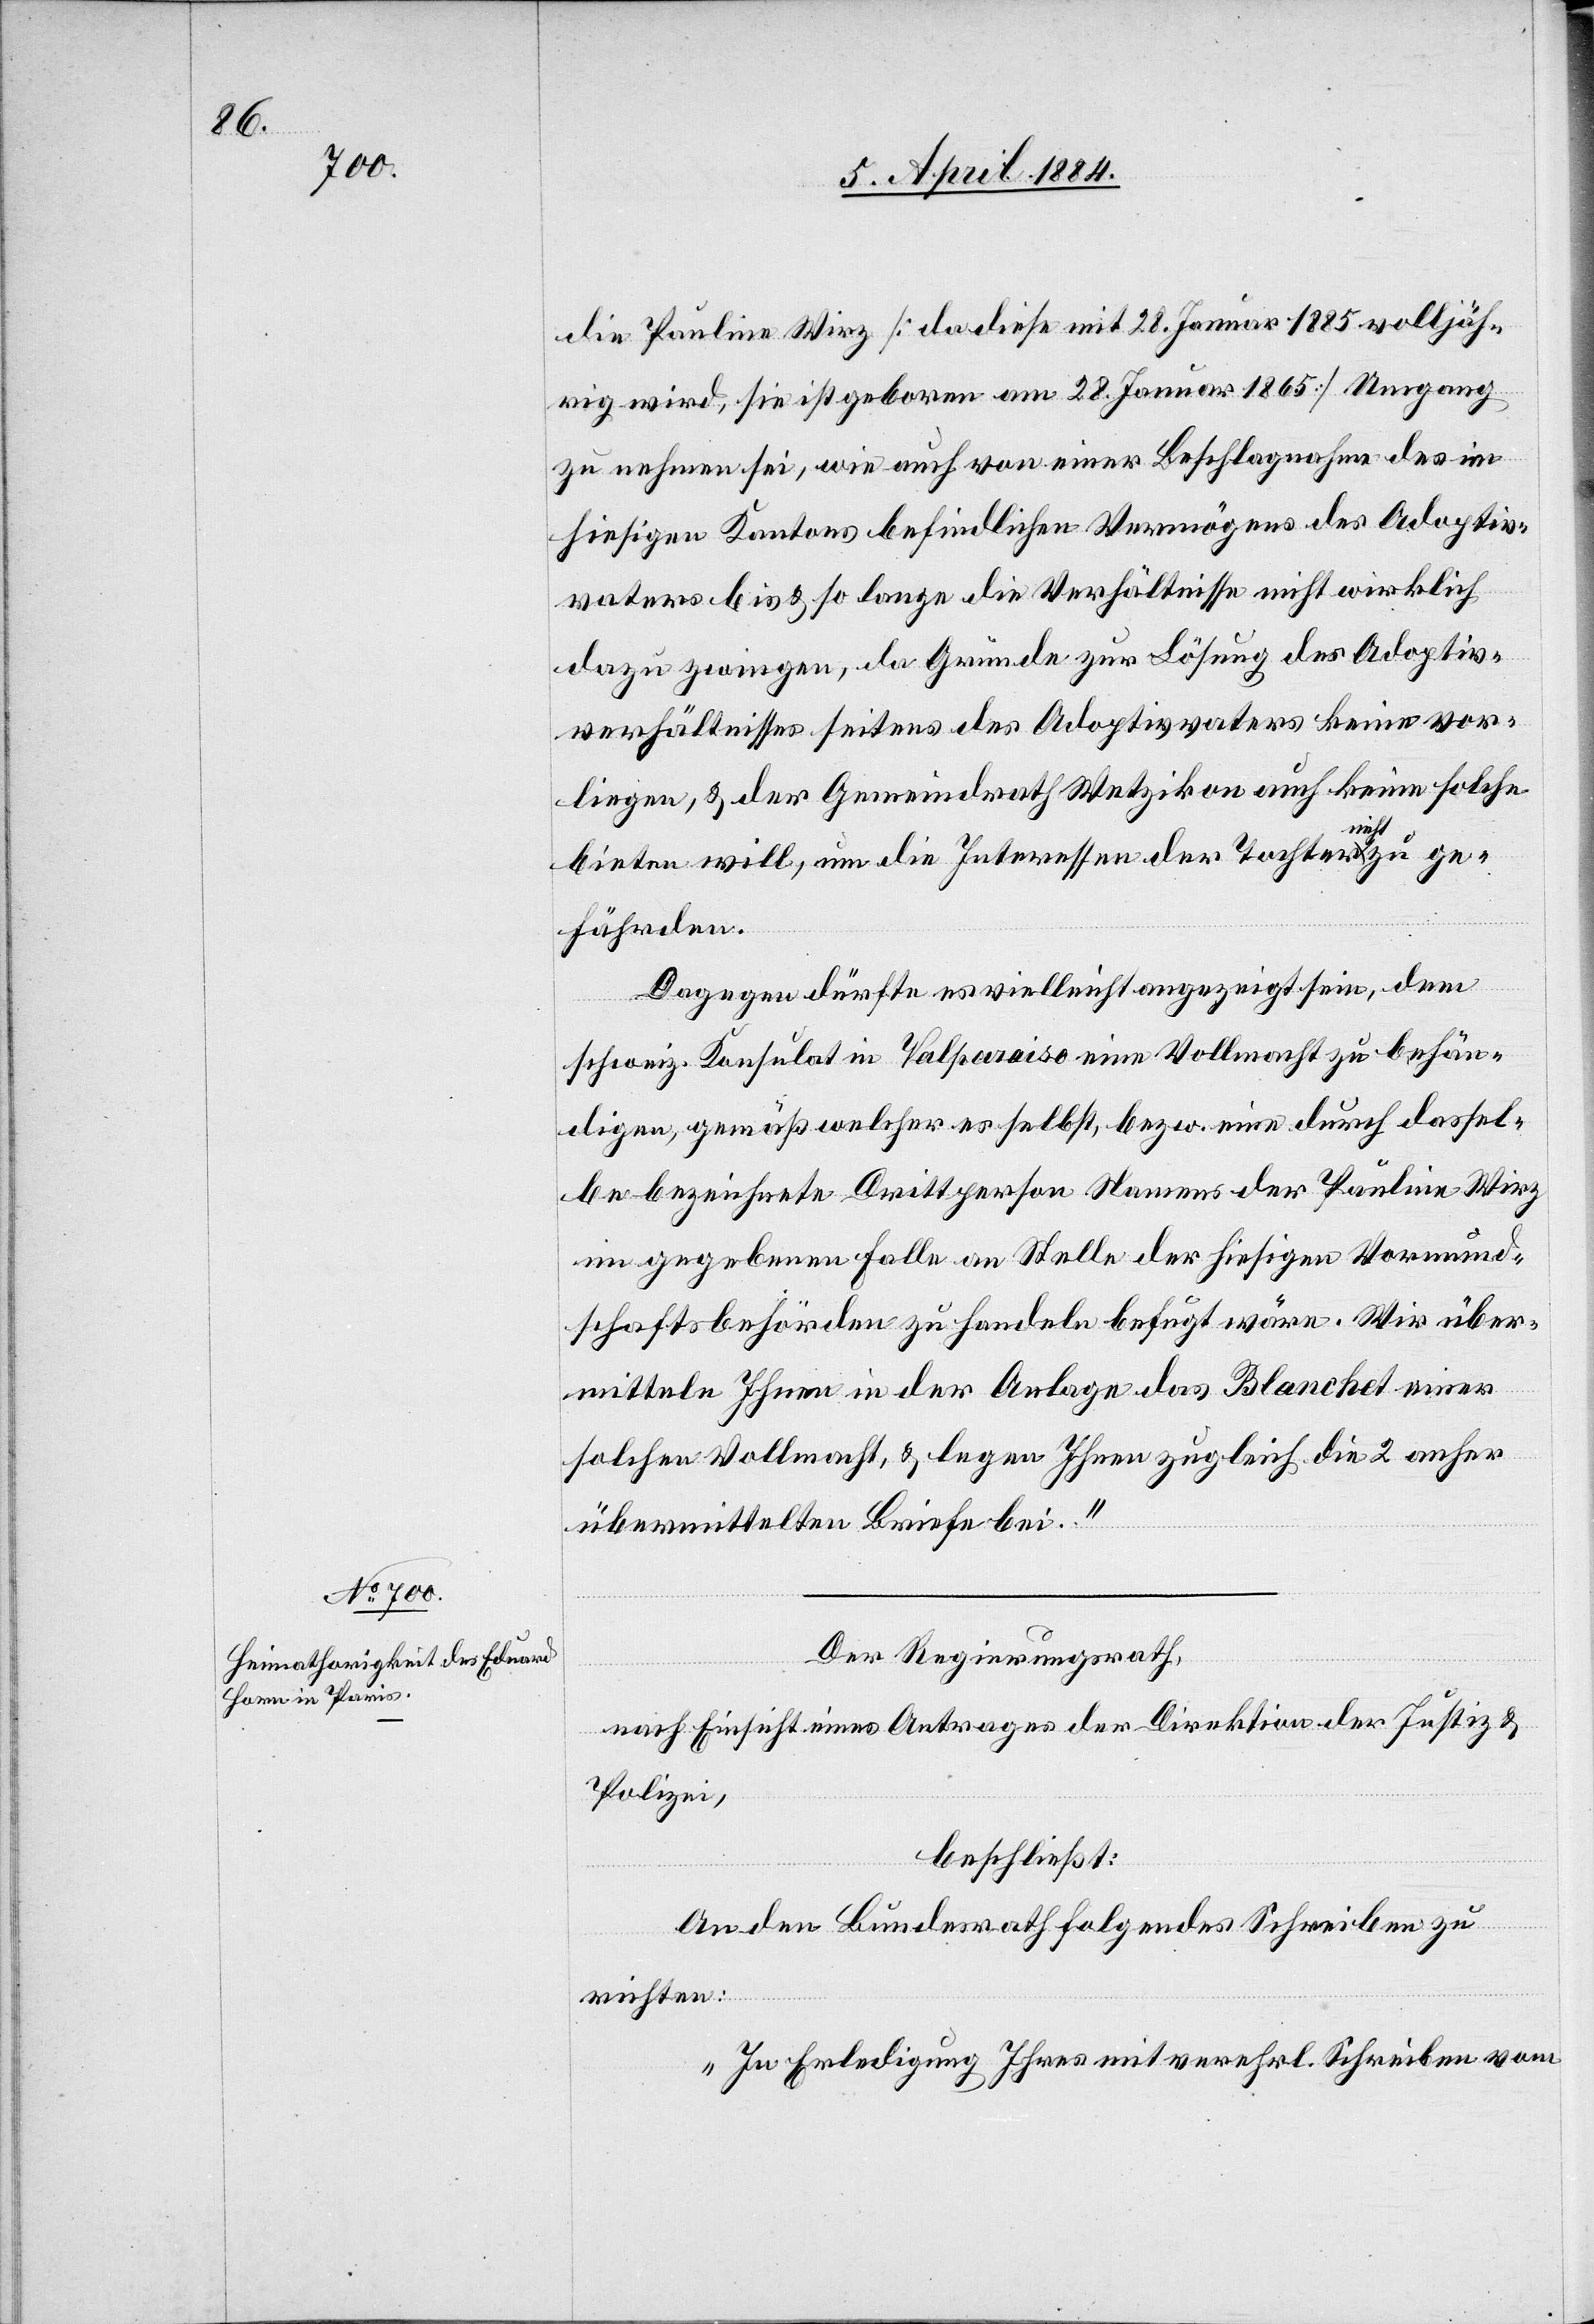
die Pauline Wirz [da diese mit 28. Januar 1865 volljährig
zu nehmen sei, wie auch von einer Beschlagnahme des im
hiesigen Kantons [sic!] befindlichen Vermögens des Adoptiv¬
vaters bis & so lange die Verhältnisse nicht wirklich
dazu zwingen, da Gründe zur Lösung des Adoptiv¬
verhältnisses seitens des Adoptivvaters keine vor¬
liegen & der Gemeindrath Wetzikon auch keine solchen
bieten will, um die Interessen der Tochter nicht zu ge¬
fährden.
Dagegen dürfte es vielleicht angezeigt sein, dem
schweiz. Konsulat in Valparaiso eine Vollmacht zu behän¬
digen, gemäß welcher es selbst, bezw. eine durch dassel¬
be bezeichnete Drittperson Namens der Pauline Wirz
im gegebenen Falle an Stelle der hiesigen Vormund¬
schaftsbehörden zu handeln befugt wäre. Wir über¬
mitteln Ihnen in der Anlage das Blanchet einer
solchen Vollmacht, & legen Ihnen zugleich die 2 anher
übermittelten Briefe bei.“
Der Regierungsrath,
nach Einsicht eines Antrages der Direktion der Justiz &
Polizei,
beschließt:
An den Bundesrath folgendes Schreiben zu
richten:
„In Erledigung Ihres mit verehrl. Schreiben